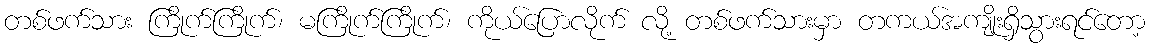
တစ်ဖက်သား ကြိုက်ကြိုက်၊ မကြိုက်ကြိုက်၊ ကိုယ်ပြောလိုက် လို့ တစ်ဖက်သားမှာ တကယ်အကျိုးရှိသွားရင်တော့